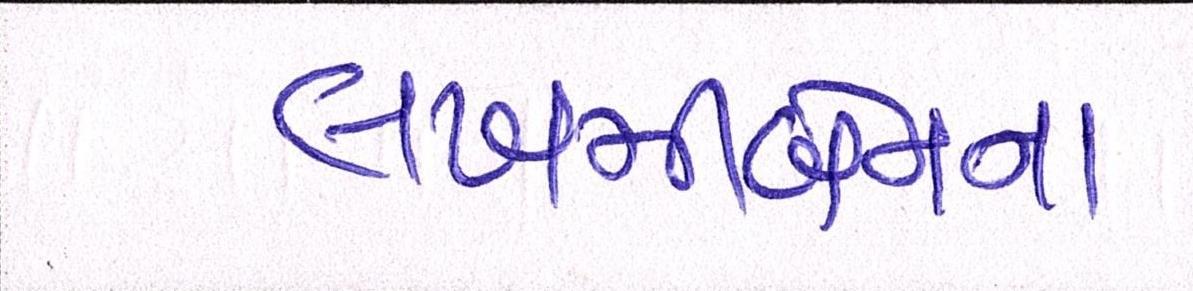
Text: લખમીબેનના